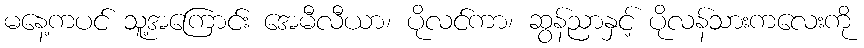
မနေ့ကပင် သူ့အကြောင်း အေမီလီယာ၊ ပိုလင်ကာ၊ ဆွန်ညာနှင့် ပိုလန်သားကလေးကို